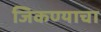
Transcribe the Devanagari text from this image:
जिकण्याचा